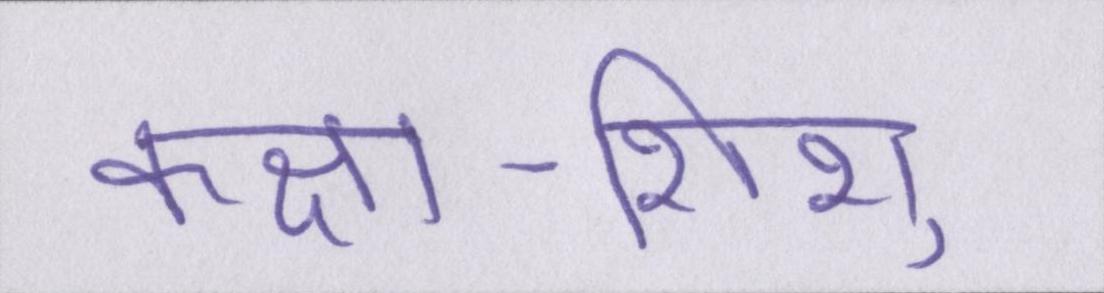
कक्षा-शिशु